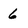
Character: 6